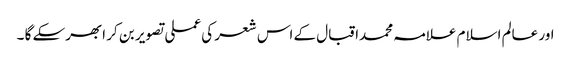
اور عالم اسلام علامہ محمداقبال کے اس شعر کی عملی تصویر بن کر ابھرسکے گا ۔